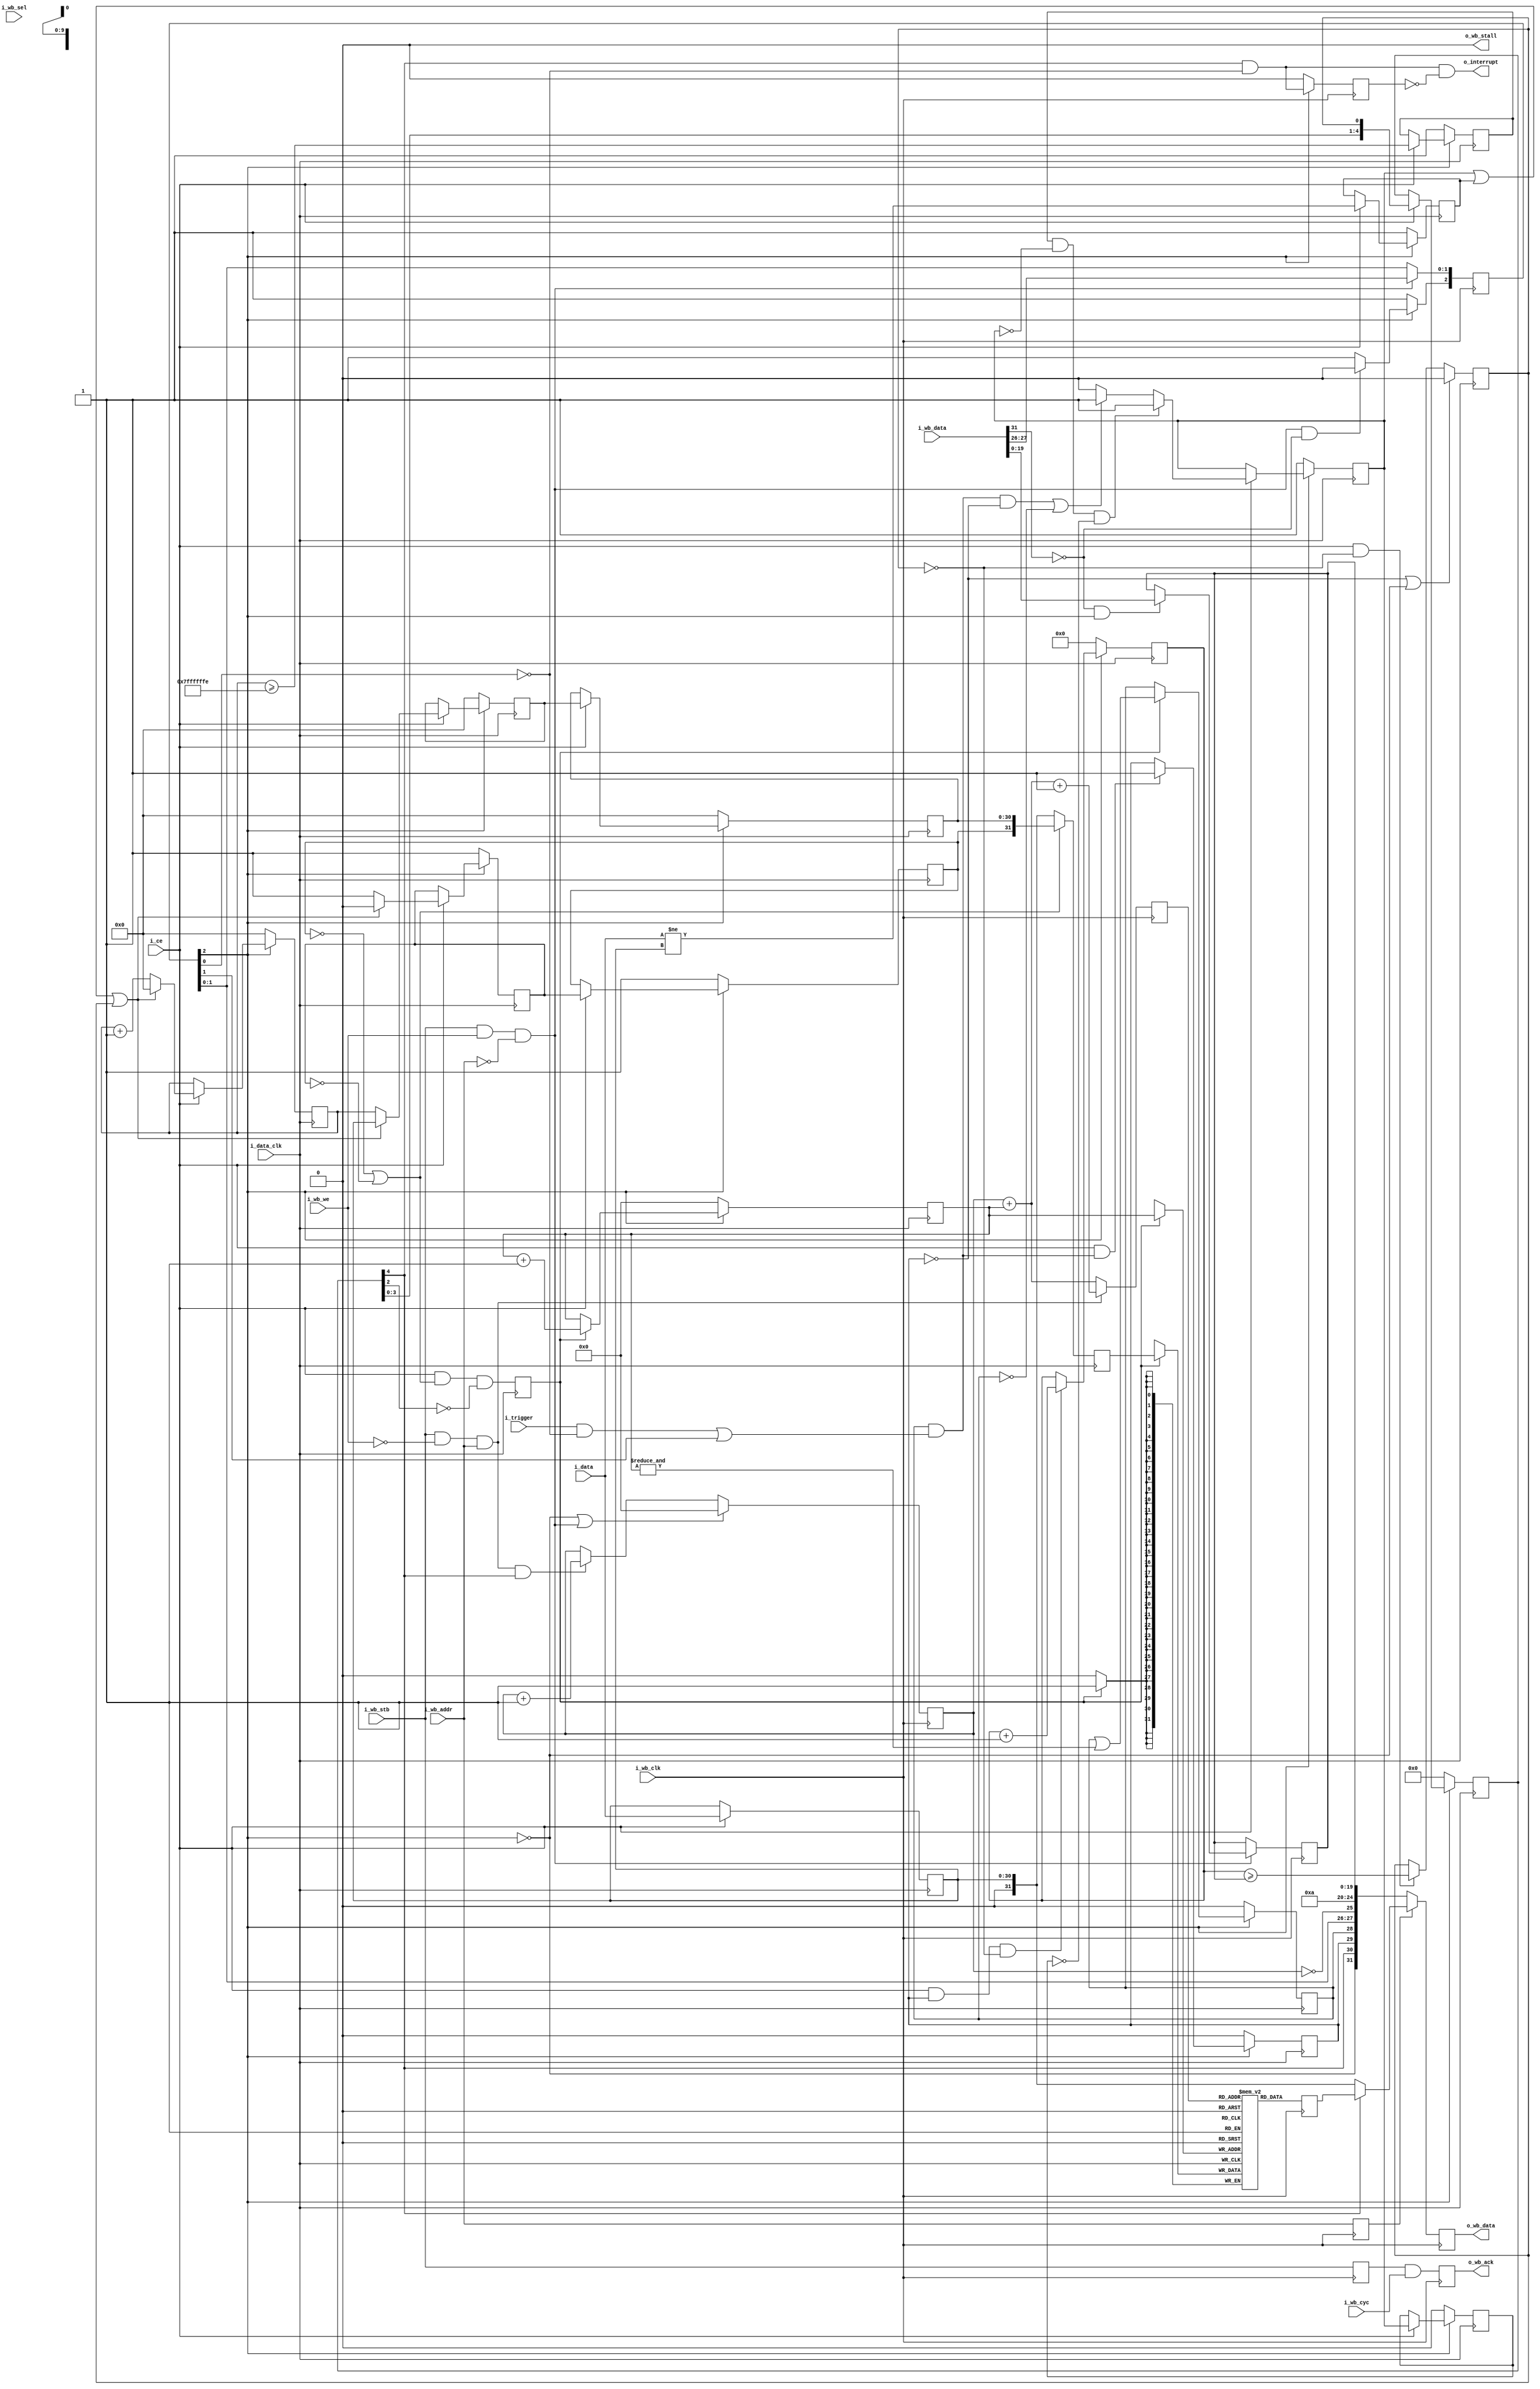
module wbscopc #(
		// {{{
		parameter [4:0]			LGMEM = 5'd10,
		parameter			BUSW = 32, NELM=(BUSW-1),
		parameter [0:0]			SYNCHRONOUS=1,
		parameter			HOLDOFFBITS=20,
		parameter [(HOLDOFFBITS-1):0]	DEFAULT_HOLDOFF
						= ((1<<(LGMEM-1))-4),
		parameter			STEP_BITS=BUSW-1,
		parameter [(STEP_BITS-1):0]	MAX_STEP= {(STEP_BITS){1'b1}}
		// }}}
	) (
		// {{{
		// The input signals that we wish to record
		input	wire			i_data_clk, i_ce, i_trigger,
		input	wire	[(NELM-1):0]	i_data,
		// The WISHBONE bus for reading and configuring this scope
		// {{{
		input	wire			i_wb_clk, i_wb_cyc,
						i_wb_stb, i_wb_we,
		input	wire			i_wb_addr, // One address line only
		input	wire	[(BUSW-1):0]	i_wb_data,
		input	wire	[(BUSW/8-1):0]	i_wb_sel,
		output	wire			o_wb_stall, o_wb_ack,
		output	reg	[(BUSW-1):0]	o_wb_data,
		// }}}
		// And, finally, for a final flair --- offer to interrupt the
		// CPU after our trigger has gone off.  This line is equivalent
		// to the scope  being stopped.  It is not maskable here.
		output	wire			o_interrupt
		// }}}
	);

	// Signal declarations
	// {{{
	// Pseudo bus signals
	// {{{
	wire		write_stb, read_from_data, write_to_control;
	reg	[31:0]	o_bus_data;
	wire		bus_clock;
	reg		read_address;
	wire [BUSW-1:0]	i_bus_data;
	// }}}

	reg	[(LGMEM-1):0]	raddr, waddr;
	reg	[(BUSW-1):0]	mem[0:((1<<LGMEM)-1)];

	// Our status/config register
	wire		bw_reset_request, bw_manual_trigger,
			bw_disable_trigger, bw_reset_complete;
	reg	[2:0]	br_config;
	reg	[(HOLDOFFBITS-1):0]	br_holdoff;
	(* ASYNC_REG="TRUE" *) reg	[(HOLDOFFBITS-1):0]	holdoff_counter;

	wire	dw_reset, dw_manual_trigger, dw_disable_trigger;
	reg	dr_triggered, dr_primed;
	wire	dw_trigger;
	reg		dr_stopped;
	localparam	DLYSTOP=5;
	reg	[(DLYSTOP-1):0]	dr_stop_pipe;
	wire	dw_final_stop;

	reg	[(STEP_BITS-1):0]	ck_addr;
	reg	[(NELM-1):0]		qd_data;
	reg				dr_force_write, dr_run_timeout,
					new_data;
	reg		dr_force_inhibit;
	wire	[(BUSW-2):0]	w_data;
	reg	imm_adr, lst_adr; // Is this an address (1'b1) or data value?
	reg	[(BUSW-2):0]	lst_val, // Data for the scope, delayed by one
				imm_val; // Data to write to the scope
	reg			record_ce;
	reg	[(BUSW-1):0]	r_data;
	wire	bw_stopped, bw_triggered, bw_primed;
	reg	br_wb_ack, br_pre_wb_ack;
	wire	bw_cyc_stb;
	reg	[(LGMEM-1):0]	this_addr;
	reg	[31:0]	nxt_mem;
	wire	[19:0]	full_holdoff;
	wire	[4:0]	bw_lgmem;
	reg	br_level_interrupt;
	// }}}

	assign	bus_clock = i_wb_clk;

	////////////////////////////////////////////////////////////////////////
	//
	// Decode and handle the bus signaling in a (somewhat) portable manner
	// {{{
	////////////////////////////////////////////////////////////////////////
	//
	///////////////////////////////////////////////////
	//
	//

	assign	i_bus_data = i_wb_data;
	assign	o_wb_stall = 1'b0;
	assign	read_from_data = (i_wb_stb)&&(!i_wb_we)&&(i_wb_addr);
	assign	write_stb = (i_wb_stb)&&(i_wb_we);
	assign	write_to_control = (write_stb)&&(!i_wb_addr);

	always @(posedge bus_clock)
		read_address <= i_wb_addr;
	// }}}
	////////////////////////////////////////////////////////////////////////
	//
	// Our status/config register
	// {{{
	////////////////////////////////////////////////////////////////////////
	//
	// Now that we've finished reading/writing from the
	// bus, ... or at least acknowledging reads and
	// writes from and to the bus--even if they haven't
	// happened yet, now we implement our actual scope.
	// This includes implementing the actual reads/writes
	// from/to the bus.
	//
	// From here on down, is the heart of the scope itself.
	//

	// Our status/config register
	initial	br_config = 3'b0;
	initial	br_holdoff = DEFAULT_HOLDOFF;
	always @(posedge bus_clock)
	begin
		if (write_to_control)
		begin
			br_config[1:0] <= {
				i_bus_data[27],
				i_bus_data[26] };
			if (!i_bus_data[31] && br_config[2])
				br_holdoff <= i_bus_data[(HOLDOFFBITS-1):0];
		end

		//
		// Reset logic
		if (bw_reset_complete)
			// Clear the reset request, regardless of the write
			br_config[2] <= 1'b1;
		else if (!br_config[2])
			// Reset request is already pending--don't change it
			br_config[2] <= 1'b0;
		else if (write_to_control && !i_bus_data[31])
			// Initiate a new reset request
			//   Note that we won't initiate a new reset request
			//   while one is already pending.  Once the pending
			//   one completes we'll be in the reset state anyway
			br_config[2] <= 1'b0;

		// if (i_reset)
		//	br_config[2] <= 1'b0;
	end
	assign	bw_reset_request   = (!br_config[2]);
	assign	bw_manual_trigger  = (br_config[1]);
	assign	bw_disable_trigger = (br_config[0]);

	generate
	if (SYNCHRONOUS > 0)
	begin
		assign	dw_reset = bw_reset_request;
		assign	dw_manual_trigger = bw_manual_trigger;
		assign	dw_disable_trigger = bw_disable_trigger;
		assign	bw_reset_complete = bw_reset_request;
	end else begin
		reg		r_reset_complete;
		(* ASYNC_REG = "TRUE" *) reg	[2:0]	q_iflags;
		reg	[2:0]	r_iflags;

		// Resets are synchronous to the bus clock, not the data clock
		// so do a clock transfer here
		initial	{ q_iflags, r_iflags } = 6'h0;
		initial	r_reset_complete = 1'b0;
		always @(posedge i_data_clk)
		begin
			q_iflags <= { bw_reset_request, bw_manual_trigger, bw_disable_trigger };
			r_iflags <= q_iflags;
			r_reset_complete <= (dw_reset);
		end

		assign	dw_reset = r_iflags[2];
		assign	dw_manual_trigger = r_iflags[1];
		assign	dw_disable_trigger = r_iflags[0];

		(* ASYNC_REG = "TRUE" *) reg	q_reset_complete,
						qq_reset_complete;
		// Pass an acknowledgement back from the data clock to the bus
		// clock that the reset has been accomplished
		initial	q_reset_complete = 1'b0;
		initial	qq_reset_complete = 1'b0;
		always @(posedge bus_clock)
		begin
			q_reset_complete  <= r_reset_complete;
			qq_reset_complete <= q_reset_complete;
		end

		assign bw_reset_complete = qq_reset_complete;
	end endgenerate
	// }}}
	////////////////////////////////////////////////////////////////////////
	//
	// Set up the trigger
	// {{{
	////////////////////////////////////////////////////////////////////////
	//
	//

	// dw_trigger -- trigger wire, defined on the data clock
	// {{{
	// Write with the i_clk, or input clock.  All outputs read with the
	// bus clock, or i_wb_clk as we've called it here.
	assign	dw_trigger = (dr_primed)&&(
				((i_trigger)&&(!dw_disable_trigger))
				||(dw_manual_trigger));
	// }}}

	// dr_triggered
	// {{{
	initial	dr_triggered = 1'b0;
	always @(posedge i_data_clk)
	if (dw_reset)
		dr_triggered <= 1'b0;
	else if ((i_ce)&&(dw_trigger))
		dr_triggered <= 1'b1;
	// }}}

	//
	// Determine when memory is full and capture is complete
	//
	// Writes take place on the data clock

	// holdoff_counter
	// {{{
	// The counter is unsigned
	initial	holdoff_counter = 0;
	always @(posedge i_data_clk)
	if (dw_reset)
		holdoff_counter <= 0;
	else if ((i_ce)&&(dr_triggered)&&(!dr_stopped))
		holdoff_counter <= holdoff_counter + 1'b1;
	// }}}

	// dr_stopped
	// {{{
	initial	dr_stopped = 1'b0;
	always @(posedge i_data_clk)
	if ((!dr_triggered)||(dw_reset))
		dr_stopped <= 1'b0;
	else if ((i_ce)&&(!dr_stopped))
	begin
		if (HOLDOFFBITS > 1) // if (i_ce)
			dr_stopped <= (holdoff_counter >= br_holdoff);
		else if (HOLDOFFBITS <= 1)
			dr_stopped <= ((i_ce)&&(dw_trigger));
	end
	// }}}

	always @(posedge i_data_clk)
	if (dw_reset)
		dr_stop_pipe <= 0;
	else if (i_ce)
		dr_stop_pipe <= { dr_stop_pipe[(DLYSTOP-2):0], dr_stopped };

	assign	dw_final_stop = dr_stop_pipe[(DLYSTOP-1)];
	// }}}
	////////////////////////////////////////////////////////////////////////
	//
	// Write to memory
	// {{{
	////////////////////////////////////////////////////////////////////////
	//
	//

	// A big part of this scope is the run length of any particular
	// data value.  Hence, when the address line (i.e. data[31])
	// is high on decompression, the run length field will record an
	// address difference.
	//
	// To implement this, we set our run length to zero any time the
	// data changes, but increment it on all other clocks.  Should the
	// address difference get to our maximum value, we let it saturate
	// rather than overflow.

	// dr_force_write, dr_force_inhibit
	// {{{
	//
	// The "dr_force_write" logic here is designed to make sure we write
	// at least every MAX_STEP samples, and that we stop as soon as
	// we are able.  Hence, if an interface is slow
	// and idle, we'll at least prime the scope, and even if the interface
	// doesn't have enough transitions to fill our buffer, we'll at least
	// fill the buffer with repeats.
	//
	initial	ck_addr = 0;
	initial	dr_force_write = 1'b0;
	always @(posedge i_data_clk)
	if (dw_reset)
	begin
		dr_force_write    <= 1'b1;
		dr_force_inhibit  <= 1'b0;
	end else if (i_ce)
	begin
		dr_force_inhibit <= (dr_force_write);
		if ((dr_run_timeout)&&(!dr_force_write)&&(!dr_force_inhibit))
			dr_force_write <= 1'b1;
		else if (((dw_trigger)&&(!dr_triggered))||(!dr_primed))
			dr_force_write <= 1'b1;
		else
			dr_force_write <= 1'b0;
	end
	// }}}

	// ck_addr: Keep track of how long it has been since the last write
	// {{{
	always @(posedge i_data_clk)
	if (dw_reset)
		ck_addr <= 0;
	else if (i_ce)
	begin
		if ((dr_force_write)||(new_data)||(dr_stopped))
			ck_addr <= 0;
		else
			ck_addr <= ck_addr + 1'b1;
	end
	// }}}

	// dr_run_timeout
	// {{{
	always @(posedge i_data_clk)
	if (dw_reset)
		dr_run_timeout <= 1'b1;
	else if (i_ce)
		dr_run_timeout <= (ck_addr >= MAX_STEP-1'b1);
	// }}}

	// new_data
	// {{{
	always @(posedge i_data_clk)
	if (dw_reset)
		new_data <= 1'b1;
	else if (i_ce)
		new_data <= (i_data != qd_data);
	// }}}

	// qd_data
	// {{{
	always @(posedge i_data_clk)
	if (i_ce)
		qd_data <= i_data;
	// }}}

	// w_data
	// {{{
	generate
	if (NELM == BUSW-1)
		assign w_data = qd_data;
	else
		assign w_data = { {(BUSW-NELM-1){1'b0}}, qd_data };
	endgenerate
	// }}}

	// imm_val, imm_adr, lst_val, lst_adr
	// {{{
	// To do our RLE compression, we keep track of two registers: the most
	// recent data to the device (imm_ prefix) and the data from one
	// clock ago.  This allows us to suppress writes to the scope which
	// would otherwise be two address writes in a row.
	initial	lst_adr = 1'b1;
	initial	imm_adr = 1'b1;
	always @(posedge i_data_clk)
	if (dw_reset)
	begin
		imm_val <= 31'h0;
		imm_adr <= 1'b1;
		lst_val <= 31'h0;
		lst_adr <= 1'b1;
	end else if (i_ce)
	begin
		if ((new_data)||(dr_force_write)||(dr_stopped))
		begin
			imm_val <= w_data;
			imm_adr <= 1'b0; // Last thing we wrote was data
			lst_val <= imm_val;
			lst_adr <= imm_adr;
		end else begin
			imm_val <= ck_addr; // Minimum value here is '1'
			imm_adr <= 1'b1; // This (imm) is an address
			lst_val <= imm_val;
			lst_adr <= imm_adr;
		end
	end
	// }}}

	// record_ce
	// {{{
	// Here's where we suppress writing pairs of address words to the
	// scope at once.
	//
	initial			record_ce = 1'b0;
	always @(posedge i_data_clk)
		record_ce <= (i_ce)&&((!lst_adr)||(!imm_adr))&&(!dr_stop_pipe[2]);
	// }}}

	// r_data
	// {{{
	always @(posedge i_data_clk)
		r_data <= ((!lst_adr)||(!imm_adr))
			? { lst_adr, lst_val }
			: { {(32 - NELM){1'b0}}, qd_data };
	// }}}

	//
	//	Actually do our writes to memory.  Record, via 'primed' when
	//	the memory is full.
	//
	//	The 'waddr' address that we are using really crosses two clock
	//	domains.  While writing and changing, it's in the data clock
	//	domain.  Once stopped, it becomes part of the bus clock domain.
	//	The clock transfer on the stopped line handles the clock
	//	transfer for these signals.
	//

	// waddr, dr_primed
	// {{{
	initial	waddr = {(LGMEM){1'b0}};
	initial	dr_primed = 1'b0;
	always @(posedge i_data_clk)
	if (dw_reset) // For simulation purposes, supply a valid value
	begin
		waddr <= 0; // upon reset.
		dr_primed <= 1'b0;
	end else if (record_ce)
	begin
		// mem[waddr] <= i_data;
		waddr <= waddr + {{(LGMEM-1){1'b0}},1'b1};
		dr_primed <= (dr_primed)||(&waddr);
	end
	// }}}

	// mem[] <= r_data
	// {{{
	always @(posedge i_data_clk)
	if (record_ce)
		mem[waddr] <= r_data;
	// }}}


	//
	//
	//
	// Bus response
	//
	//
	// }}}
	// }}}
	////////////////////////////////////////////////////////////////////////
	//
	// Move the status signals back to the bus clock
	// {{{
	////////////////////////////////////////////////////////////////////////
	//
	generate if (SYNCHRONOUS > 0)
	begin : SYNCHRONOUS_RETURN
		assign	bw_stopped   = dw_final_stop;
		assign	bw_triggered = dr_triggered;
		assign	bw_primed    = dr_primed;
	end else begin : ASYNC_STATUS
		// {{{
		// These aren't a problem, since none of these are strobe
		// signals.  They goes from low to high, and then stays high
		// for many clocks.  Swapping is thus easy--two flip flops to
		// protect against meta-stability and we're done.
		//
		(* ASYNC_REG = "TRUE" *) reg	[2:0]	q_oflags;
		reg	[2:0]	r_oflags;
		initial	q_oflags = 3'h0;
		initial	r_oflags = 3'h0;
		always @(posedge bus_clock)
		if (bw_reset_request)
		begin
			q_oflags <= 3'h0;
			r_oflags <= 3'h0;
		end else begin
			q_oflags <= { dw_final_stop, dr_triggered, dr_primed };
			r_oflags <= q_oflags;
		end

		assign	bw_stopped   = r_oflags[2];
		assign	bw_triggered = r_oflags[1];
		assign	bw_primed    = r_oflags[0];
		// }}}
	end endgenerate
	// }}}
	////////////////////////////////////////////////////////////////////////
	//
	// Read from the memory, using the bus clock.  Otherwise respond to bus
	// {{{
	////////////////////////////////////////////////////////////////////////
	//
	//

	// Reads use the bus clock
	assign	bw_cyc_stb = (i_wb_stb);

	initial	br_pre_wb_ack = 1'b0;
	initial	br_wb_ack = 1'b0;
	always @(posedge bus_clock)
	begin
		if ((bw_reset_request)||(write_to_control))
			raddr <= 0;
		else if ((read_from_data)&&(bw_stopped))
			raddr <= raddr + 1'b1; // Data read, when stopped

		br_pre_wb_ack <= bw_cyc_stb;
		br_wb_ack <= (br_pre_wb_ack)&&(i_wb_cyc);
	end

	assign	o_wb_ack = br_wb_ack;

	always @(posedge bus_clock)
	if (read_from_data)
		this_addr <= raddr + waddr + 1'b1;
	else
		this_addr <= raddr + waddr;

	always @(posedge bus_clock)
		nxt_mem <= mem[this_addr];

	// holdoff sub-register
	// {{{
	assign full_holdoff[(HOLDOFFBITS-1):0] = br_holdoff;
	generate if (HOLDOFFBITS < 20)
		assign full_holdoff[19:(HOLDOFFBITS)] = 0;
	endgenerate
	// }}}

	assign		bw_lgmem = LGMEM;

	// Bus read
	// {{{
	always @(posedge bus_clock)
	begin
		if (!read_address) // Control register read
			o_bus_data <= { bw_reset_request,
					bw_stopped,
					bw_triggered,
					bw_primed,
					bw_manual_trigger,
					bw_disable_trigger,
					(raddr == {(LGMEM){1'b0}}),
					bw_lgmem,
					full_holdoff  };
		else if (!bw_stopped) // read, prior to stopping
			//
			// *WARNING*: THIS READ IS NOT PROTECTED FROM
			// ASYNCHRONOUS COHERENCE ISSUES!
			//
			o_bus_data <= {1'b0, w_data };// Violates clk tfr rules
		else // if (i_wb_addr) // Read from FIFO memory
			o_bus_data <= nxt_mem; // mem[raddr+waddr];
	end
	// }}}

	assign	o_wb_data = o_bus_data;
	// }}}
	////////////////////////////////////////////////////////////////////////
	//
	// Interrupt generation
	// {{{
	////////////////////////////////////////////////////////////////////////
	//
	//
	initial	br_level_interrupt = 1'b0;
	always @(posedge bus_clock)
	if ((bw_reset_complete)||(bw_reset_request))
		br_level_interrupt<= 1'b0;
	else
		br_level_interrupt<= (bw_stopped)&&(!bw_disable_trigger);

	assign	o_interrupt = (bw_stopped)&&(!bw_disable_trigger)
					&&(!br_level_interrupt);
	// }}}

	// Make verilator happy
	// {{{
	// verilator lint_off UNUSED
	wire	unused;
	assign	unused = &{ 1'b0, i_bus_data[30:28], i_bus_data[25:HOLDOFFBITS],
			i_wb_sel };
	// verilator lint_on  UNUSED
	// }}}
endmodule